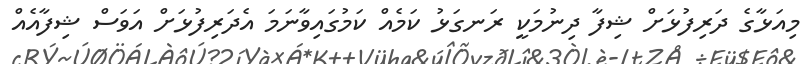
މިއަޅާގެ ދަރިފުޅަށް ޝިފާ ދިނުމަކީ ރަނގަޅު ކަމެއް ކަމުގައިވާނަމަ އެދަރިފުޅަށް އަވަސް ޝިފާއެއް